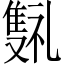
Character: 𬯰